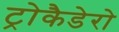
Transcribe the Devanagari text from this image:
ट्रोकैडेरो